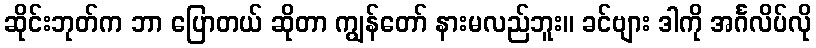
ဆိုင်းဘုတ်က ဘာ ပြောတယ် ဆိုတာ ကျွန်တော် နားမလည်ဘူး။ ခင်ဗျား ဒါကို အင်္ဂလိပ်လို